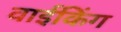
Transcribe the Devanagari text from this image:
वाईकिंग